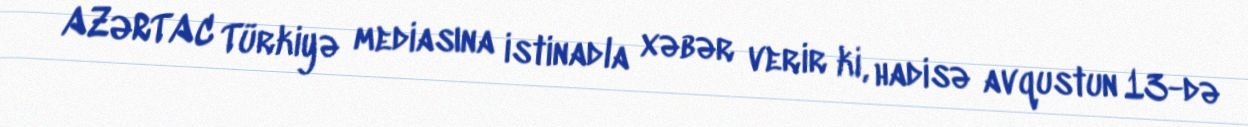
AZƏRTAC Türkiyə mediasına istinadla xəbər verir ki, hadisə avqustun 13-də